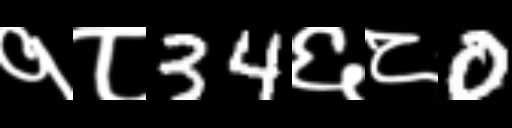
Text: १८34६८0